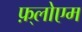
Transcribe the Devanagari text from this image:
फ़्लोएम